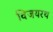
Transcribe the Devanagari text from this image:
विजयरथ